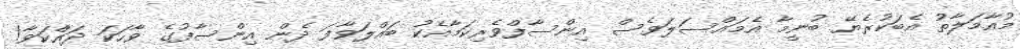
މުއާމަލާތު އެބަކުރެޔޭ ބުނީމާ އެމައްސަލަވެސް އިންސާފްވެރިކަމާއެކު ބައްލަވާފަ ދެން އިންސާފުގެ ވާހަކަ ދައްކަވާ!